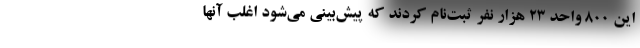
این 800 واحد 23 هزار نفر ثبت‌نام کردند که پیش‌بینی می‌شود اغلب آنها